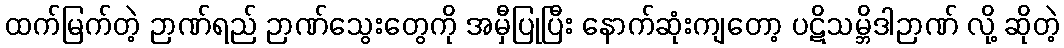
ထက်မြက်တဲ့ ဉာဏ်ရည် ဉာဏ်သွေးတွေကို အမှီပြုပြီး နောက်ဆုံးကျတော့ ပဋိသမ္ဘိဒါဉာဏ် လို့ ဆိုတဲ့